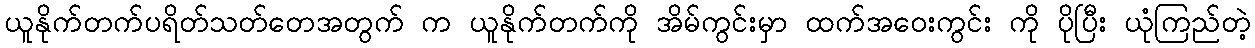
ယူနိုက်တက်ပရိတ်သတ်တေအတွက် က ယူနိုက်တက်ကို အိမ်ကွင်းမှာ ထက်အဝေးကွင်း ကို ပိုပြီး ယုံကြည်တဲ့